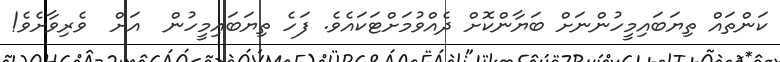
ކަންތައް ތިޔަބައިމީހުންނަށް ބަޔާންކޮށް ދެއްވުމަށްޓަކައެވެ. ފަހެ ތިޔަބައިމީހުން  އަށް  ވެރިވާށެވެ!